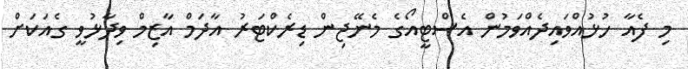
މި ފެއާ ހުޅުއްވައިދެއްވަމުން އެސްޓީއޯގެ މެނޭޖިން ޑިރެކްޓަރު އާދަމް އާޒިމް ވިދާޅުވީ ގެއަކަށް